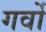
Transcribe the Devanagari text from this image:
गर्वो